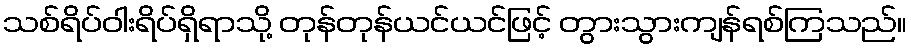
သစ်ရိပ်ဝါးရိပ်ရှိရာသို့ တုန်တုန်ယင်ယင်ဖြင့် တွားသွားကျန်ရစ်ကြသည်။